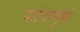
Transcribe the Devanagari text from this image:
पतंगामुळे